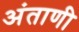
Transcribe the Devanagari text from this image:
अंताणी